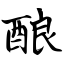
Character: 酿